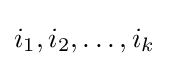
i_{1},i_{2},\ldots ,i_{k}